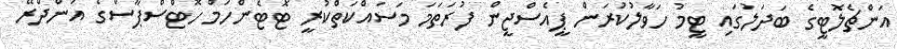
އަންޗެލޮޓީގެ ބަދަލުގައި ޓީމު ހަވާލުކުރަން ޕީއެސްޖީން ފުރަތަމަ މަސައްކަތްކުރީ ޓޮޓެންހަމް ހޮޓްސްޕާސްގެ އަންދްރޭ